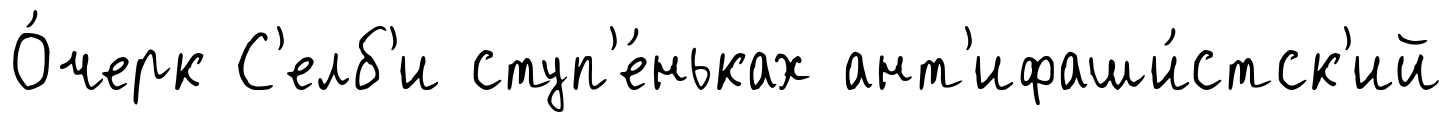
О́черк С'елб'и ступ'е́ньках ант'ифаши́стск'ий